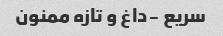
سریع -داغ و تازه ممنون